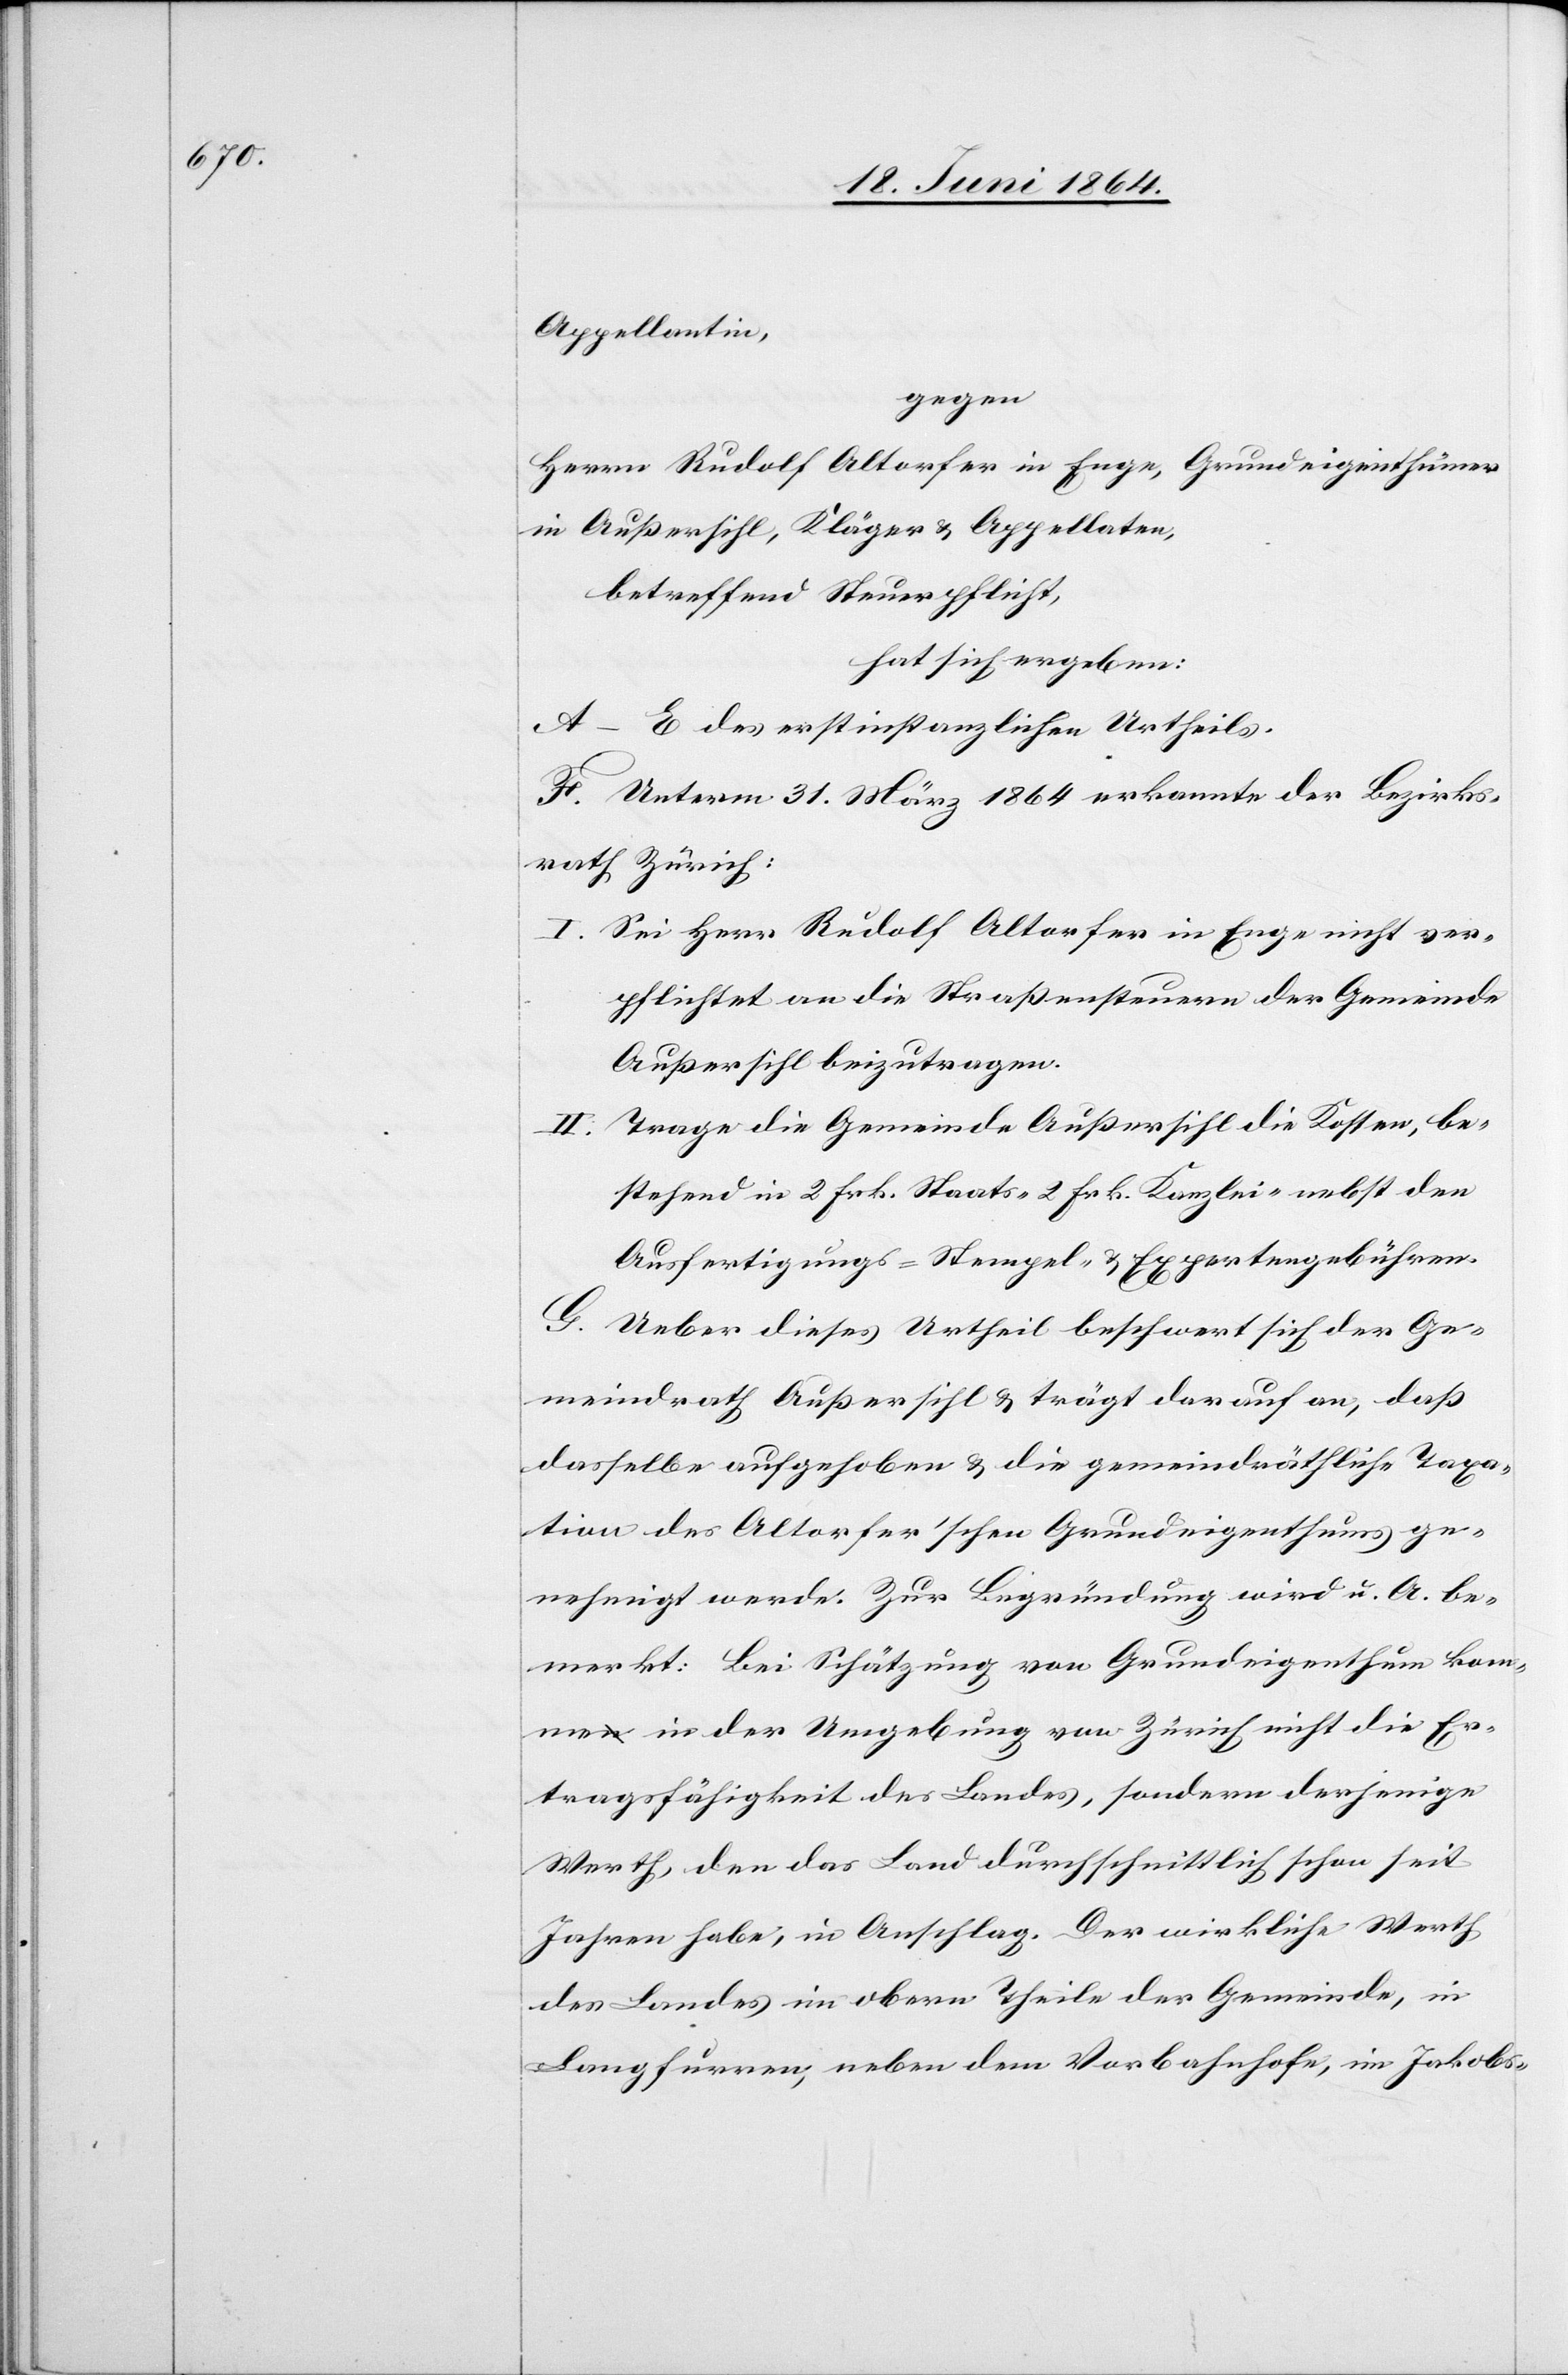
Appellantin,
gegen
Herrn Rudolf Altorfer in Enge, Grundeigenthümer
in Außersihl, Kläger u. Appellaten,
betreffend Steuerpflicht,
hat sich ergeben:
A–E des erstinstanzlichen Urtheils.
F. Unterm 31. März 1864 erkannte der Bezirks¬
rath Zürich:
I. Sei Herr Rudolf Altorfer in Enge nicht ver¬
pflichtet an die Straßensteuern der Gemeinde
Außersihl beizutragen.
II. Trage die Gemeinde Außersihl die Kosten, be¬
stehend in 2 Frk. Staats-[,] 2 Frk. Kanzlei-[,] nebst den
Ausfertigungs-[,] Stempel- u. Expertengebühren.
G. Ueber dieses Urtheil beschwert sich der Ge¬
meindrath Außersihl u. trägt darauf an, daß
dasselbe aufgehoben u. die gemeindräthliche Taxa¬
tion des Altorfer’schen Grundeigenthums ge¬
nehmigt werde. Zur Begründung wird u. A. be¬
merkt: Bei Schätzung von Grundeigenthum kom¬
me in der Umgebung von Zürich nicht die Er¬
tragsfähigkeit des Landes, sondern derjenige
Werth, den das Land durchschnittlich schon seit
Jahren habe, in Anschlag. Der wirkliche Werth
des Landes im obern Theile der Gemeinde, in
Langfurren, neben dem Vorbahnhofe, im Jakobs-